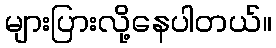
များပြားလို့နေပါတယ်။